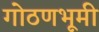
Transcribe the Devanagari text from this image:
गोठणभूमी